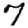
Digit: 7